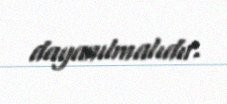
dayanılmalıdır.